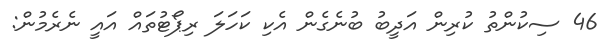
46 ސިކުންތު ކުރިން އަދީބު ބުނެގެން އެކި ކަހަލަ ރިޕޯޓުތައް އައީ ނެރެމުން: